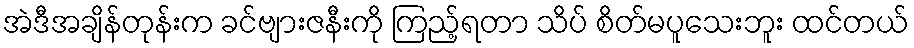
အဲဒီအချိန်တုန်းက ခင်ဗျားဇနီးကို ကြည့်ရတာ သိပ် စိတ်မပူသေးဘူး ထင်တယ်